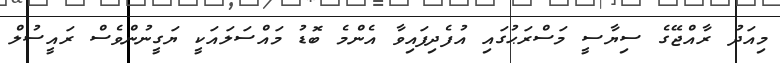
މިއަދު ރާއްޖޭގެ ސިޔާސީ މަސްރަޙުގައި އުފެދިފައިވާ އެންމެ ބޮޑު މައްސަލައަކީ ޔަގީނުންވެސް ރައީސުލް